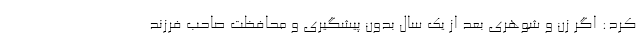
کرد: اگر زن و شوهری بعد از یک سال بدون پیشگیری و محافظت صاحب فرزند